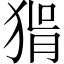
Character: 𤟕